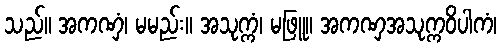
သည်။ အကဏှံ၊ မမည်း။ အသုက္ကံ၊ မဖြူ။ အကဏှအသုက္ကဝိပါကံ၊